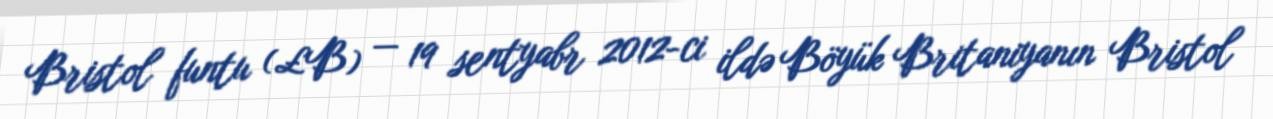
Bristol funtu (£B) — 19 sentyabr 2012-ci ildə Böyük Britaniyanın Bristol